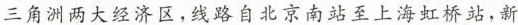
三角洲两大经济区，线路自北京南站至上海虹桥站，新